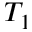
T _ { 1 }